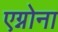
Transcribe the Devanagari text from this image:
एग्नोना